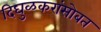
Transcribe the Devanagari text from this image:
दिघुळकरांसोबत